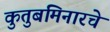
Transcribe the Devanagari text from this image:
कुतुबमिनारचे